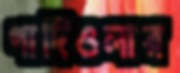
গার্দিওলার